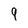
Character: 9